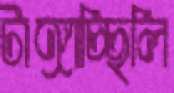
টাঙ্গাচ্ছিলি